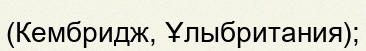
(Кембридж, Ұлыбритания);